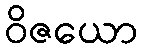
ဝိဇယော